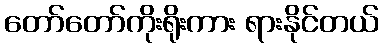
တော်တော်ကိုးရိုးကား ရားနိုင်တယ်